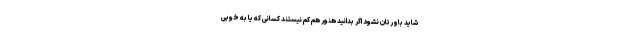
شاید باورتان نشود اگر بدانید هنور هم کم نیستند کسانی که یا به خوبی